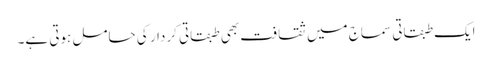
ایک طبقاتی سماج میں ثقافت بھی طبقاتی کردار کی حامل ہوتی ہے۔